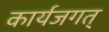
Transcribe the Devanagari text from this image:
कार्यजगत्